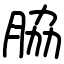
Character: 脇